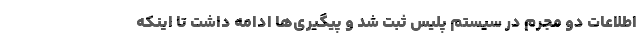
اطلاعات دو مجرم در سیستم پلیس ثبت شد و پیگیری‌ها ادامه داشت تا اینکه